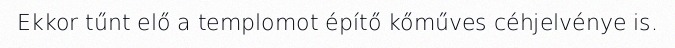
Ekkor tűnt elő a templomot építő kőműves céhjelvénye is.